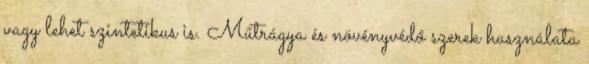
vagy lehet szintetikus is. Műtrágya és növényvédő szerek használata